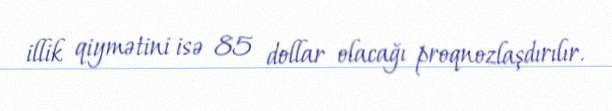
illik qiymətini isə 85 dollar olacağı proqnozlaşdırılır.